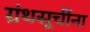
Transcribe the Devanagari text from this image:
ग्रंथसूचींना